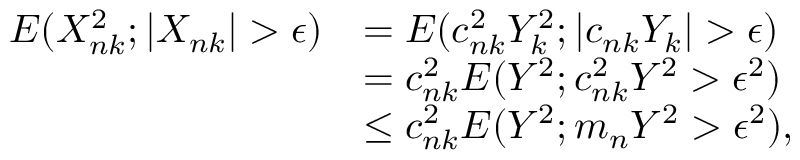
\begin{array} { r l } { E ( X _ { n k } ^ { 2 } ; | X _ { n k } | > \epsilon ) } & { = E ( c _ { n k } ^ { 2 } Y _ { k } ^ { 2 } ; | c _ { n k } Y _ { k } | > \epsilon ) } \\ & { = c _ { n k } ^ { 2 } E ( Y ^ { 2 } ; c _ { n k } ^ { 2 } Y ^ { 2 } > \epsilon ^ { 2 } ) } \\ & { \le c _ { n k } ^ { 2 } E ( Y ^ { 2 } ; m _ { n } Y ^ { 2 } > \epsilon ^ { 2 } ) , } \end{array}